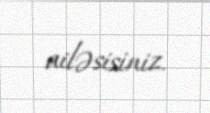
ailəsisiniz.